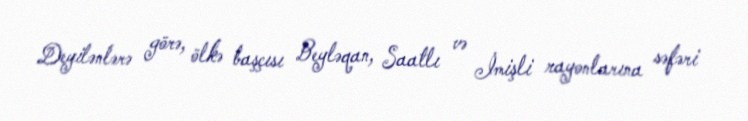
Deyilənlərə görə, ölkə başçısı Beyləqan, Saatlı və İmişli rayonlarına səfəri